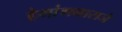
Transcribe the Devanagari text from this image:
हेमांगनाराजे